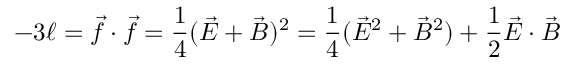
- 3 \ell = \vec { f } \cdot \vec { f } = \frac { 1 } { 4 } ( \vec { E } + \vec { B } ) ^ { 2 } = \frac { 1 } { 4 } ( \vec { E } ^ { 2 } + \vec { B } ^ { 2 } ) + \frac { 1 } { 2 } \vec { E } \cdot \vec { B }